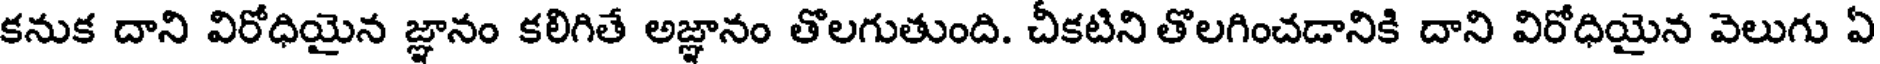
కనుక దాని విరోధియైన జ్ఞానం కలిగితే అజ్ఞానం తొలగుతుంది. చీకటిని తొలగించడానికి దాని విరోధియైన వెలుగు ఏ